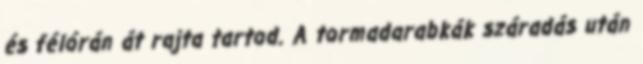
és félórán át rajta tartod. A tormadarabkák száradás után